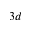
3 d